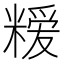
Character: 𮇳